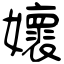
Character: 㜳